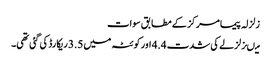
زلزلہ پیما مرکز کے مطابق سوات
میںزلزلے کی شدت 4.4 اور کوئٹہ میں 3.5 ریکارڈ کی گئی تھی۔